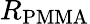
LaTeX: R_{\mathrm{{PMMA}}}